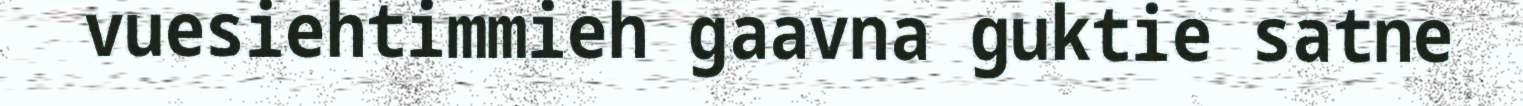
vuesiehtimmieh gaavna guktie satne